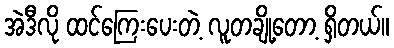
အဲဒီလို ထင်ကြေးပေးတဲ့ လူတချို့တော့ ရှိတယ်။